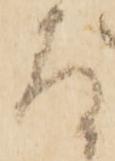
存